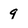
Character: 9